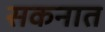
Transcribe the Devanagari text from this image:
सकनात